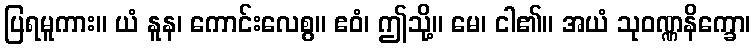
ပြရမူကား။ ယံ နူန၊ ကောင်းလေစွ။ ဧဝံ၊ ဤသို့။ မေ၊ ငါ၏။ အယံ သုဝဏ္ဏနိက္ခော၊